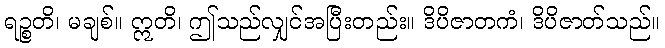
ရဉ္စတိ၊ မချစ်။ ဣတိ၊ ဤသည်လျှင်အပြီးတည်း။ ဒိပိဇာတကံ၊ ဒိပိဇာတ်သည်။